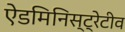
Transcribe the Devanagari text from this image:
ऐडमिनिस्ट्रेटीव